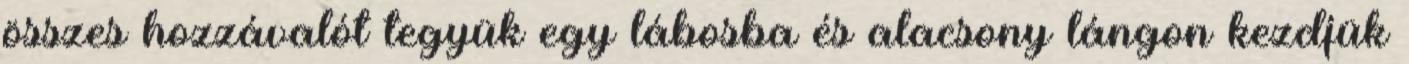
összes hozzávalót tegyük egy lábosba és alacsony lángon kezdjük